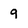
Character: 9